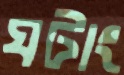
ঘটাং